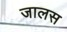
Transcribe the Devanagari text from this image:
जालस